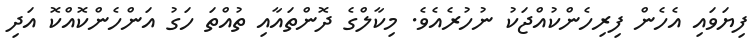
ފިޔަވައި އެހެން ފިރިހެންކުއްޖަކު ނުހުރެއެވެ. މިކާލްގެ ދޮންތައާއި ތުއްތަ ހަގު އަންހެންކޮއްކޮ އަދި